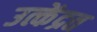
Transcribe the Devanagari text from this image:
उत्केंद्रत